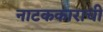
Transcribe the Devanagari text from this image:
नाटककाराची